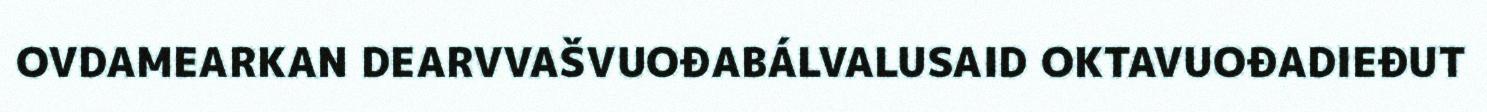
OVDAMEARKAN DEARVVAŠVUOĐABÁLVALUSAID OKTAVUOĐADIEĐUT